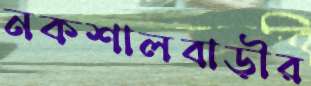
নকশালবাড়ীর